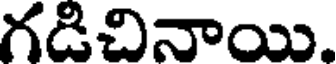
గడిచినాయి.